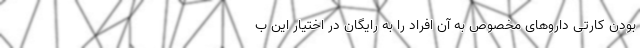
بودن کارتی داروهای مخصوص به آن افراد را به رایگان در اختیار این ب